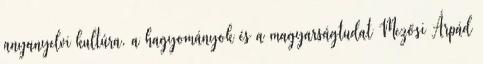
anyanyelvi kultúra, a hagyományok és a magyarságtudat Mezősi Árpád